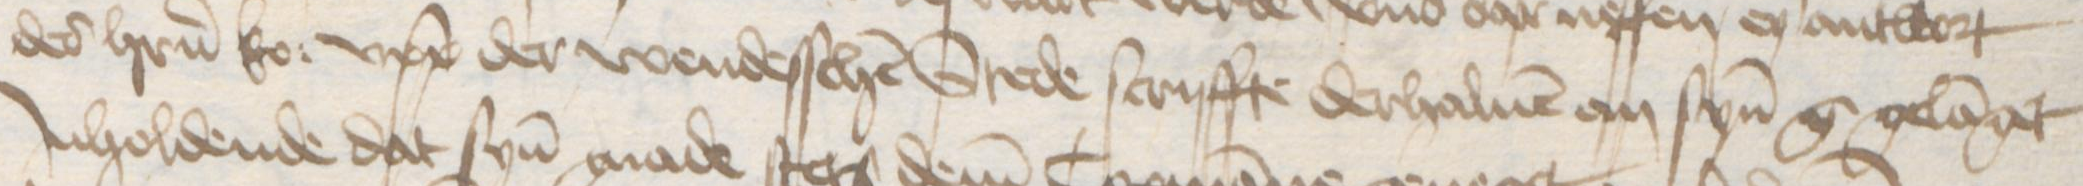
des herrn ko: upp der wendesschen Stede scriffte derhaluen an synen g gelanget